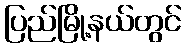
ပြည်မြို့နယ်တွင်